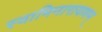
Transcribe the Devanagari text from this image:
स्वामिनारायणम्